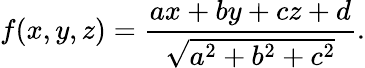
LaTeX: f(x,y,z)=\frac{ax+by+cz+d}{\sqrt{a^{2}+b^{2}+c^{2}}}.